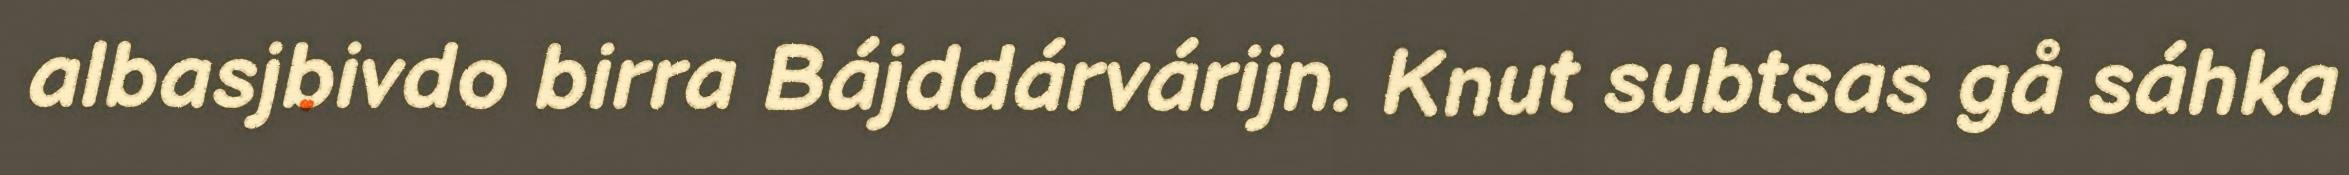
albasjbivdo birra Bájddárvárijn. Knut subtsas gå sáhka